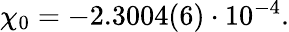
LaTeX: \begin{array}{r}{\chi_{0}=-2.3004(6)\cdot 10^{-4}.}\end{array}